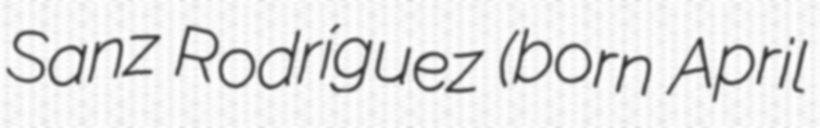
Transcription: Sanz Rodríguez (born April